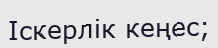
Іскерлік кеңес;